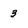
Character: 3